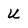
Character: U